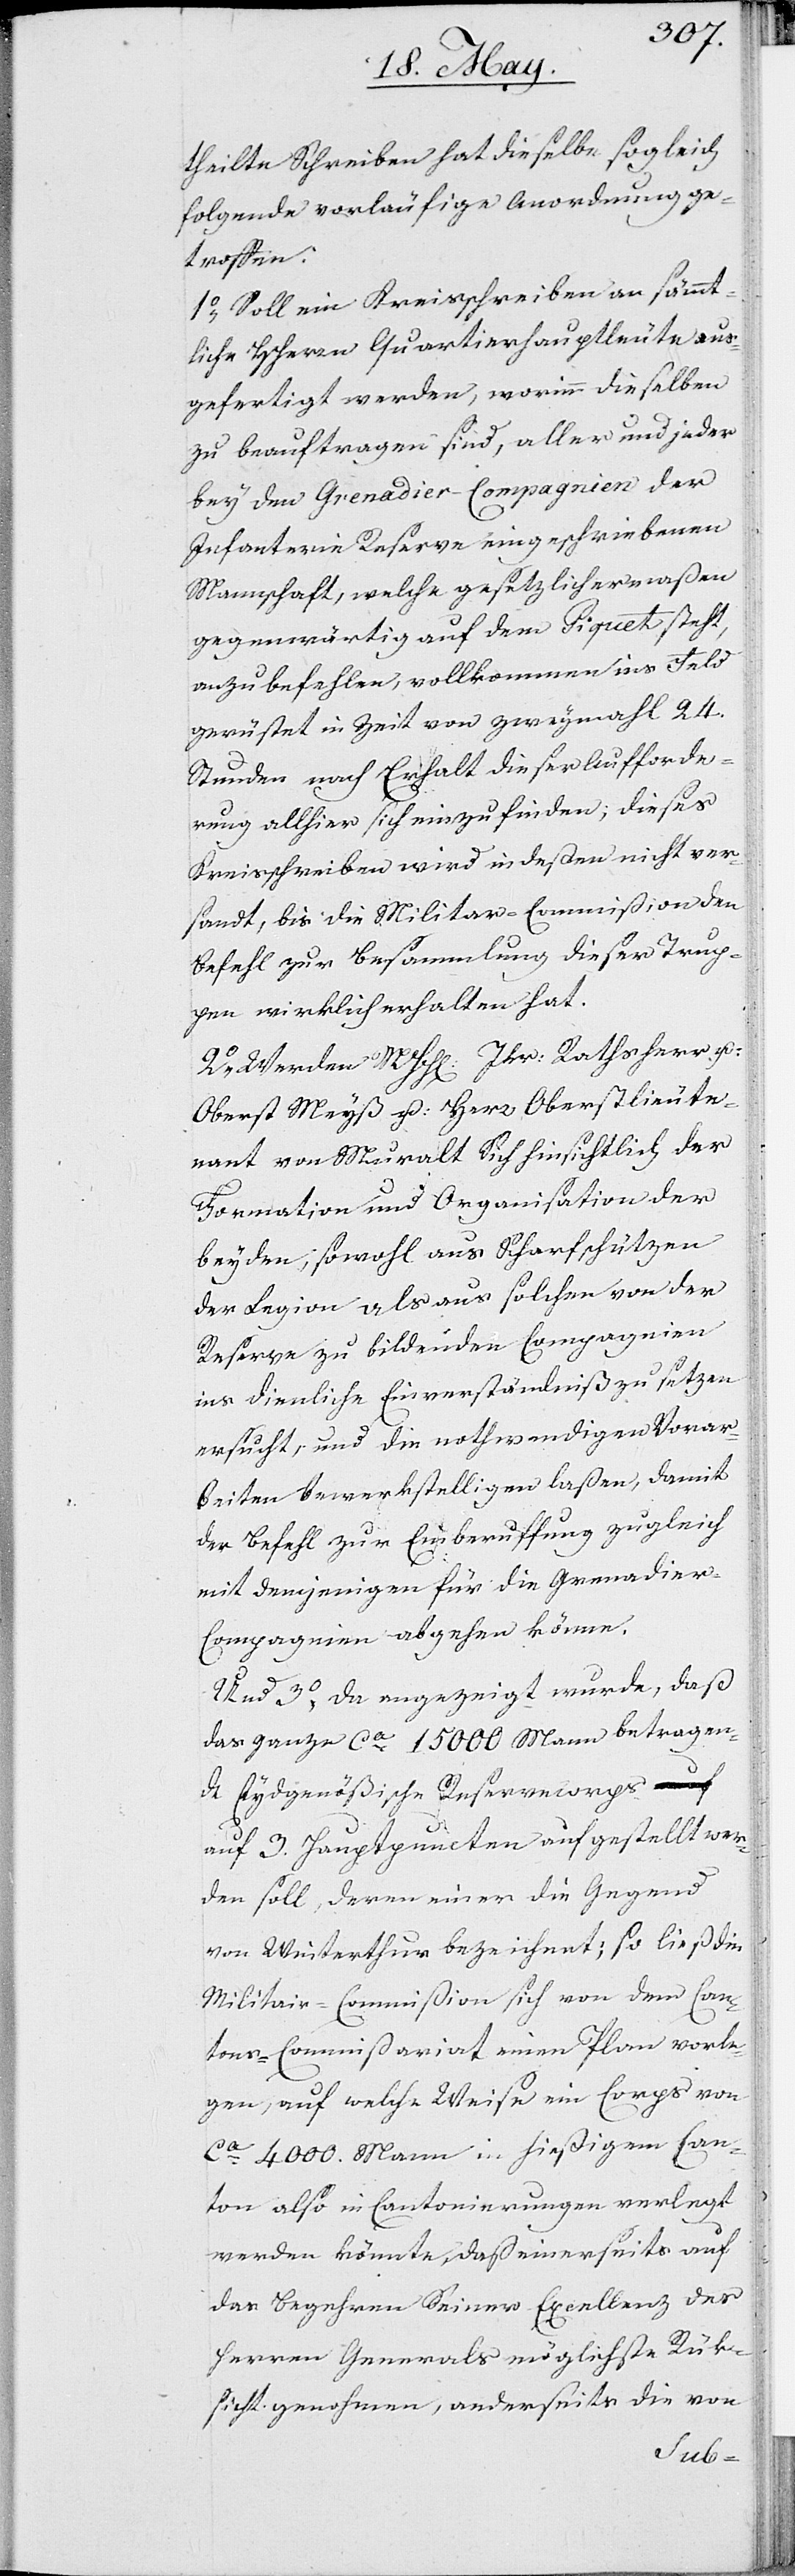
theilte Schreiben hat dieselbe sogleich
folgende vorläufige Anordnung ge¬
troffen.
1. Soll ein Kreisschreiben an sämmt¬
liche HHerren Quartierhauptleute aus¬
gefertiget werden, worinn dieselben
zu beauftragen sind, aller und jeder
bey den Grenadier-Compagnien der
Infanterie Reserve eingeschriebenen
Mannschaft, welche gesetzlichermaßen
gegenwärtig auf dem Piquet steht,
anzubefehlen, vollkommen ins Feld
gerüstet in Zeit von zweymahl 24.
Stunden nach Erhalt dieser Aufforde¬
rung allhier sich einzufinden; dieses
Kreisschreiben wird indeßen nicht ver¬
sandt, bis die Militar-Commißion den
Befehl zur Besammlung dieser Trup¬
pen wirklich erhalten hat.
2. Werden MHH Jkr. Rathsherr u.
Oberst Meyß und Herr Oberstlieute¬
nant von Muralt Sich hinsichtlich der
Formation und der Organisation der
beyden; sowohl aus Scharfschützen
der Legion als aus solchen von der
Reserve zu bildenden Compagnien
ins dienliche Einverständniß zu setzen
ersucht, und die nothwendigen Vorar¬
beiten bewerkstelligen laßen, damit
der Befehl zur Einberuffung zugleich
mit demjenigen für die Grenadier-C¬
ompagnie abgehen könne.
Und 3., da angezeigt wurde, daß
das ganze ca. 15000 Mann betragen¬
de Eydsgenößische Reservecorps
auf 3. Hauptpuncten aufgestellt wer¬
den soll, deren einer die Gegend
von Winterthur bezeichnet; so ließ die
Militar-Commißion sich von dem Can¬
tons-Commißariat einen Plan vorle¬
gen, auf welche Weise ein Corps von
ca. 4000. Mann in hiesigem Can¬
ton also in Cantonierungen verlegt
werden könnte, daß einerseits auf
das Begehren Seiner Excellenz des
Herren Generals möglichste Rük¬
sicht genohmen, anderseits die von